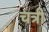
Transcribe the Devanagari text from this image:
चत्री